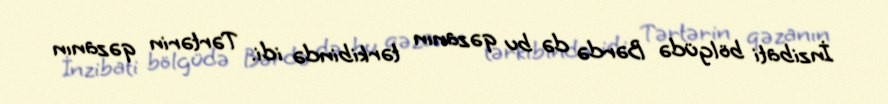
İnzibati bölgüdə Bərdə də bu qəzanın tərkibində idi. Tərtərin qəzanın